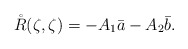
\begin{align*} \mathring{R}(\zeta,\zeta)=-A_1\bar{a}-A_2\bar{b}.\end{align*}